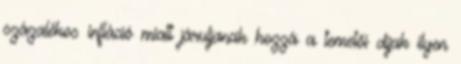
százalékos infláció miatt járuljanak hozzá a temetői díjak ilyen